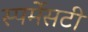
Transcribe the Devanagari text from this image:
स्पर्मेसटी